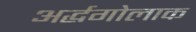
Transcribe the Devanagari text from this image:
अर्द्धगोलाक